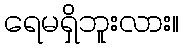
ရေမရှိဘူးလား။